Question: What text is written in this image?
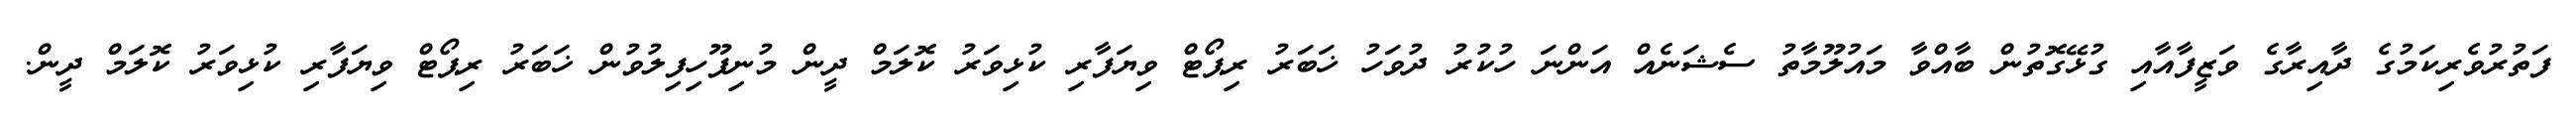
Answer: ފަތުރުވެރިކަމުގެ ދާއިރާގެ ވަޒީފާއާއި ގުޅޭގޮތުން ބާއްވާ މައުލޫމާތު ސެޝަނެއް އަންނަ ހުކުރު ދުވަހު ޚަބަރު ރިޕޯޓް ވިޔަފާރި ކުޅިވަރު ކޮލަމް ދީން މުނިފޫހިފިލުވުން ޚަބަރު ރިޕޯޓް ވިޔަފާރި ކުޅިވަރު ކޮލަމް ދީން.